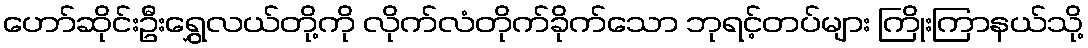
ဟော်ဆိုင်းဦးရွှေလယ်တို့ကို လိုက်လံတိုက်ခိုက်သော ဘုရင့်တပ်များ ကြိုးကြာနယ်သို့